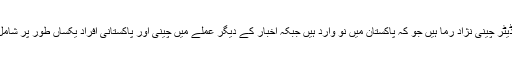
اخبار کی چیف ایڈیٹر چینی نژاد رما ہیں جو کہ پاکستان میں نو وارد ہیں جبکہ اخبار کے دیگر عملے میں چینی اور پاکستانی افراد یکساں طور پر شامل کیئے گئے ہیں۔